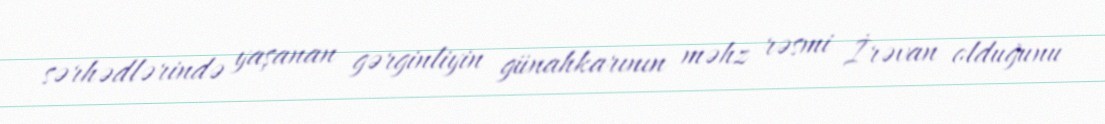
sərhədlərində yaşanan gərginliyin günahkarının məhz rəsmi İrəvan olduğunu